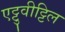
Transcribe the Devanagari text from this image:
एट्टुवीट्टिल